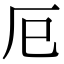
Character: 𢀴